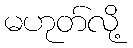
မဟုတ်လို့